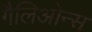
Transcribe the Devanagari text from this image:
गैलिओन्स